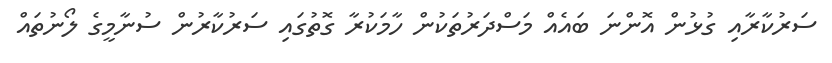
ސަރުކާރާއި ގުޅުން އޮންނަ ބައެއް މަސްދަރުތަކުން ހާމަކުރާ ގޮތުގައި ސަރުކާރުން ސުނާމީގެ ލޯނުތައް